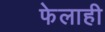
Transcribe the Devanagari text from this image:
फेलाही